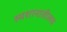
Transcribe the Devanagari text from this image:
स्मशानातीलच